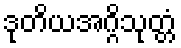
ဒုတိယအဂ္ဂိသုတ္တံ